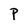
Character: P